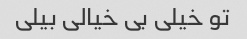
تو خیلی بی خیالی بیلی